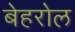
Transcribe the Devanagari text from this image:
बेहरोल